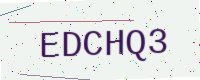
Text: EDCHQ3